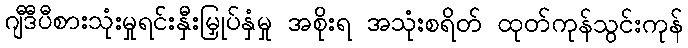
ဂျီဒီပီစားသုံးမှုရင်းနှီးမြှုပ်နှံမှု အစိုးရ အသုံးစရိတ် ထုတ်ကုန်သွင်းကုန်